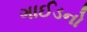
ગાઈડનો